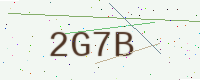
Text: 2G7B